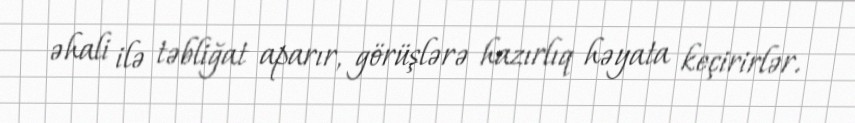
əhali ilə təbliğat aparır, görüşlərə hazırlıq həyata keçirirlər.